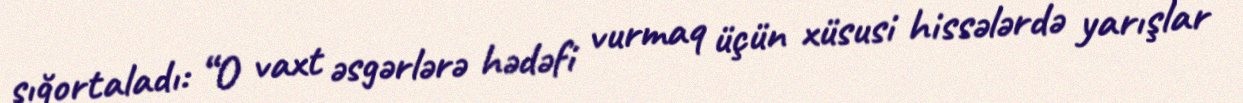
sığortaladı: “O vaxt əsgərlərə hədəfi vurmaq üçün xüsusi hissələrdə yarışlar